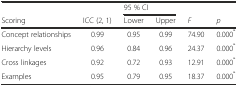
|  |  | <COLSPAN=2> 95 % CI |  |  |
 | Scoring | ICC (2, 1) | Lower | Upper | F | p |
 | --- | --- | --- | --- | --- | --- |
 | Concept relationships | 0.99 | 0.95 | 0.99 | 74.90 | 0.000* |
 | Hierarchy levels | 0.96 | 0.84 | 0.96 | 24.37 | 0.000* |
 | Cross linkages | 0.92 | 0.72 | 0.93 | 12.91 | 0.000* |
 | Examples | 0.95 | 0.79 | 0.95 | 18.37 | 0.000* |